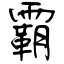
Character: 霸